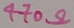
Text: 470Ω